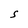
Character: S